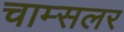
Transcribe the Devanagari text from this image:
चाम्सलर